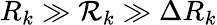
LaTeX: R_{k}\gg{\cal R}_{k}\gg\Delta R_{k}